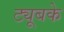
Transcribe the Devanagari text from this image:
ट्यूबके